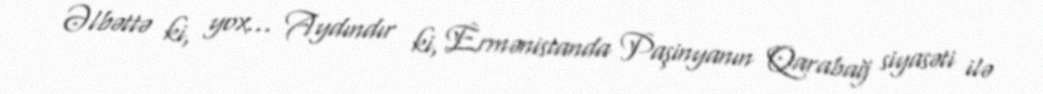
Əlbəttə ki, yox... Aydındır ki, Ermənistanda Paşinyanın Qarabağ siyasəti ilə